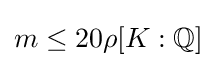
m\leq 20\rho [K:\mathbb {Q} ]